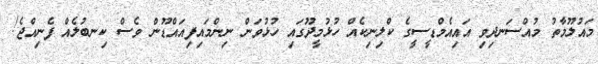
މައުލޫމާތު މުއްސަނދިވި އައިއެމްޑީސީގެ ކްލިނިކެއް ހުޅުމީދޫގައި ހުޅުވަން ނިންމައިފިއައްޑޫން ވެސް ކިނބުލެއް ފެނިއްޖެ!